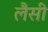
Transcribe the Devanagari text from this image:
लैसी